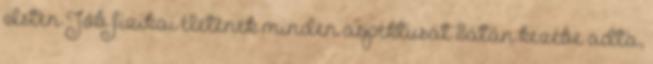
Isten Jób fizikai életének minden aspektusát Sátán kezébe adta,